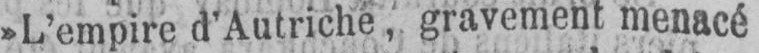
»L’empire d’Autriche, gravement menacé